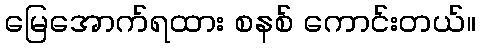
မြေအောက်ရထား စနစ် ကောင်းတယ်။